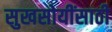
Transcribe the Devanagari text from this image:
सुखसोयींसाठी